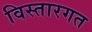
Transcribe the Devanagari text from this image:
विस्तारगत